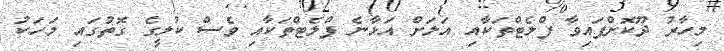
މިހާރު ދޫކޮށްފައިވާ ފްލެޓްތަކާއި އަލަށް އަޅާނެ ފްލެޓްތަކާއި ވެސް ކުލީގެ ގޮތުގައި މަހަކު